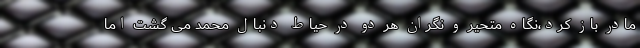
مادر باز کرد،نگاه متحیر و نگران هر دو در حیاط دنبال محمد می گشت اما